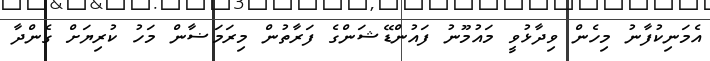
އެމަނިކުފާނު މިހެން ވިދާޅުވީ މައުމޫނު ފައުންޑޭޝަންގެ ފަރާތުން މިރަމަޟާން މަހު ކުރިޔަށް ގެންދާ